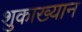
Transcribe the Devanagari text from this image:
शुकाख्यान